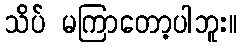
သိပ် မကြာတော့ပါဘူး။